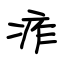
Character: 痄